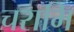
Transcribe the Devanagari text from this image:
चरामि